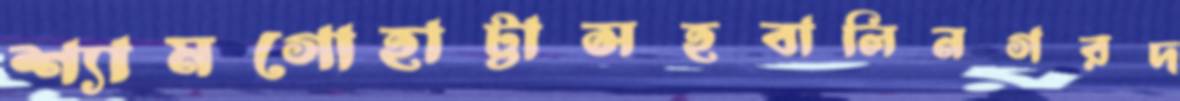
শ্যামগোহাট্টাসহবালিনগরদ